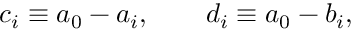
c _ { i } \equiv a _ { 0 } - a _ { i } , \qquad d _ { i } \equiv a _ { 0 } - b _ { i } ,